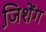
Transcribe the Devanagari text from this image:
जि़शेंग